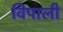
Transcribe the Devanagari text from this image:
विपाली